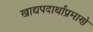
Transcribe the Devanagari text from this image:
खाद्यपदार्थांप्रमाणे